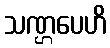
သဏ္ဌပေဟိ